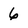
Character: 6